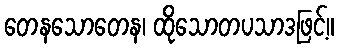
တေနသောတေန၊ ထိုသောတပသာဒဖြင့်။